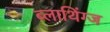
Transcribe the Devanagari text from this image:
ब्लाथिंग्ज